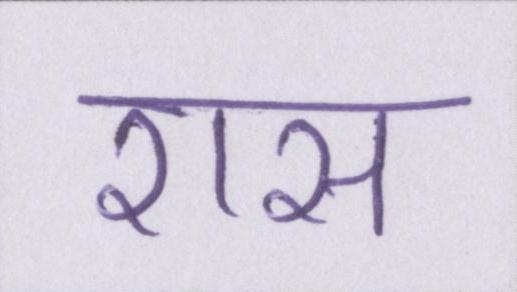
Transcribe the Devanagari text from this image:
रास